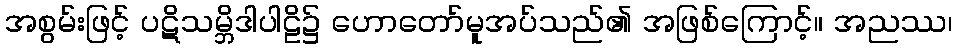
အစွမ်းဖြင့် ပဋိသမ္ဘိဒါပါဠိ၌ ဟောတော်မူအပ်သည်၏ အဖြစ်ကြောင့်။ အညဿ၊